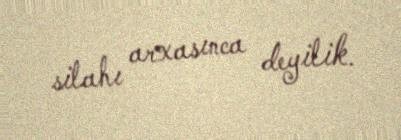
silahı arxasınca deyilik.